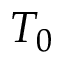
T _ { 0 }